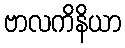
ဗာလကိနိယာ